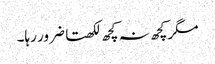
مگر کچھ نہ کچھ لکھتا ضرور رہا۔